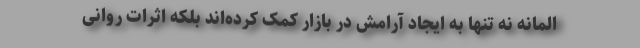
المانه نه تنها به ایجاد آرامش در بازار کمک کرده‌اند بلکه اثرات روانی